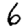
Digit: 6